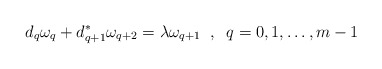
\begin{align*}d_q\omega_q+d_{q+1}^*\omega_{q+2}=\lambda\omega_{q+1}\;\;,\;\;q=0,1,\dots,m-1\end{align*}